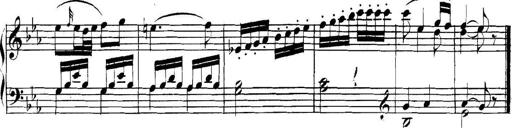
Title: Collected Piano Sonatas
Composer: Muzio Clementi